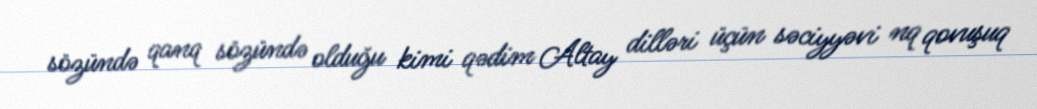
sözündə qanq sözündə olduğu kimi qədim Altay dilləri üçün səciyyəvi nq qovuşuq